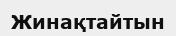
Жинақтайтын